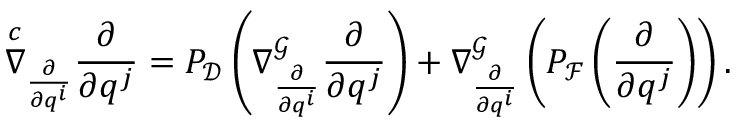
\overset { c } { \nabla } _ { \frac { \partial } { \partial q ^ { i } } } \frac { \partial } { \partial q ^ { j } } = P _ { \mathcal { D } } \left( \nabla _ { \frac { \partial } { \partial q ^ { i } } } ^ { \mathcal { G } } \frac { \partial } { \partial q ^ { j } } \right) + \nabla _ { \frac { \partial } { \partial q ^ { i } } } ^ { \mathcal { G } } \left( P _ { \mathcal { F } } \left( \frac { \partial } { \partial q ^ { j } } \right) \right) .